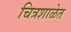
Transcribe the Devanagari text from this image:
चित्रशाळेत